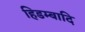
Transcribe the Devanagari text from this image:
हिडम्बादि